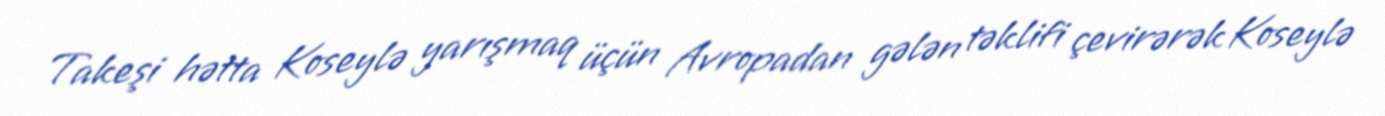
Takeşi hətta Koseylə yarışmaq üçün Avropadan gələn təklifi çevirərək Koseylə